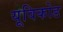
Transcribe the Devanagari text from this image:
यूविकोड